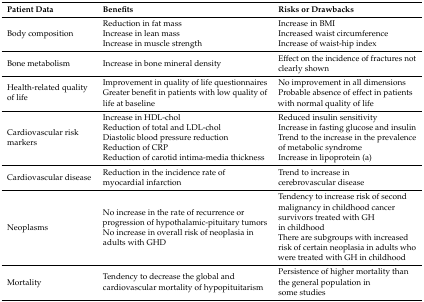
<table><thead><tr><td><b>Patient Data</b></td><td><b>Benefits</b></td><td><b>Risks or Drawbacks</b></td></tr></thead><tbody><tr><td>Body composition</td><td>Reduction in fat massIncrease in lean massIncrease in muscle strength</td><td>Increase in BMIIncreased waist circumferenceIncrease of waist-hip index</td></tr><tr><td>Bone metabolism</td><td>Increase in bone mineral density</td><td>Effect on the incidence of fractures not clearly shown</td></tr><tr><td>Health-related quality of life</td><td>Improvement in quality of life questionnairesGreater benefit in patients with low quality of life at baseline</td><td>No improvement in all dimensionsProbable absence of effect in patients with normal quality of life</td></tr><tr><td>Cardiovascular risk markers</td><td>Increase in HDL-cholReduction of total and LDL-cholDiastolic blood pressure reductionReduction of CRPReduction of carotid intima-media thickness</td><td>Reduced insulin sensitivityIncrease in fasting glucose and insulinTrend to the increase in the prevalence of metabolic syndromeIncrease in lipoprotein (a)</td></tr><tr><td>Cardiovascular disease</td><td>Reduction in the incidence rate of myocardial infarction</td><td>Trend to increase in cerebrovascular disease</td></tr><tr><td>Neoplasms</td><td>No increase in the rate of recurrence or progression of hypothalamic-pituitary tumorsNo increase in overall risk of neoplasia in adults with GHD</td><td>Tendency to increase risk of second malignancy in childhood cancer survivors treated with GH in childhoodThere are subgroups with increased risk of certain neoplasia in adults who were treated with GH in childhood</td></tr><tr><td>Mortality</td><td>Tendency to decrease the global and cardiovascular mortality of hypopituitarism</td><td>Persistence of higher mortality than the general population in some studies</td></tr></tbody></table>